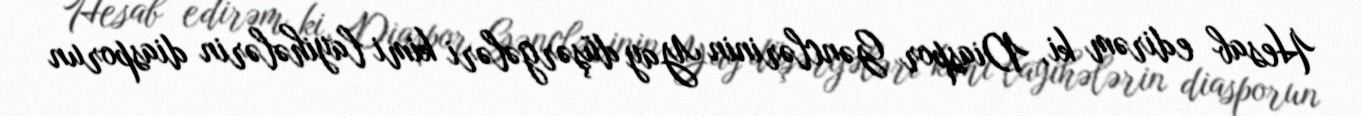
Hesab edirəm ki, Diaspor Gənclərinin Yay düşərgələri kimi layihələrin diasporun